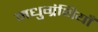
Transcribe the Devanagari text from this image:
मधुग्रंथियाँ